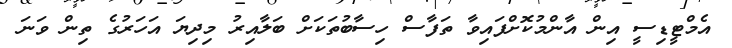
އެމްޓީޑިސީ އިން އާންމުކޮށްފައިވާ ތަފާސް ހިސާބުތަކަށް ބަލާއިރު މިދިޔަ އަހަރުގެ ތިން ވަނަ